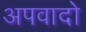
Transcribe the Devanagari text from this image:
अपवादो